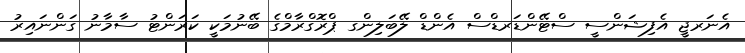
އެނަރޖީ އެފިޝަންސީ ސްޓޭންޑަރޑްސް އެންޑް ލޭބަލިންގ ޕްރޮގްރާމްގެ ބޭނުމަކީ ކަރަންޓު ސާމާނު ގަންނައިރު